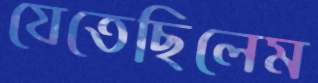
যেতেছিলেম